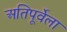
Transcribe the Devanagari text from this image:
अतिपूर्वेला